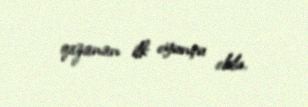
qazanan ilk oyunçu oldu.